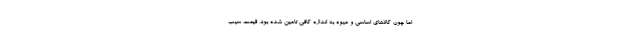
اما چون کالاهای اساسی و میوه به اندازه کافی تامین شده بود، قیمت سیب